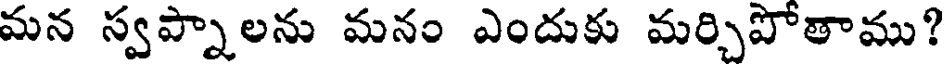
మన స్వప్నాలను మనం ఎందుకు మర్చిపోతాము?